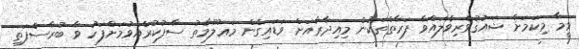
ވީމާ މިކަމަށް ޝައުޤުވެރިވެލައްވާ ފަރާތްތަކުން މިއިދާރާއަށް ވަޑައިގެން މަޢުލޫމާތު ސާފުކުރެއްވުމަށްފަހު ވާ ބުރާސްފަތި